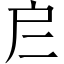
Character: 𢨧